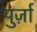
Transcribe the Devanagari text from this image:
पुर्ज़ा